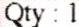
QTY : 1